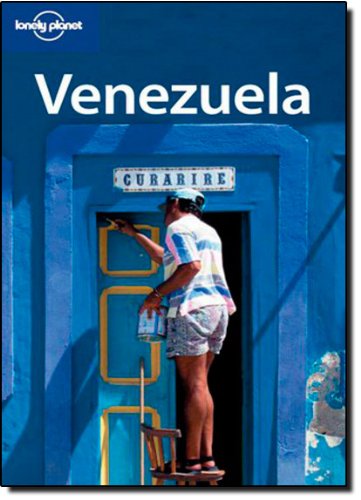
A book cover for Lonely Planet Venezuela; Thomas Kohnstamm; Travel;